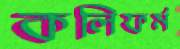
কলিফর্ম